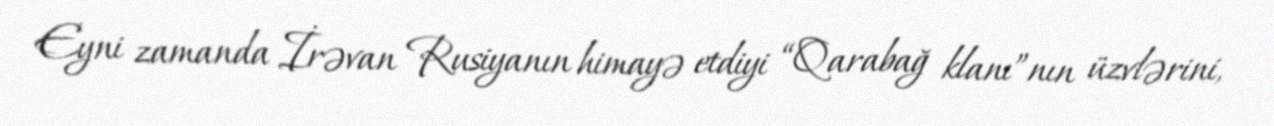
Eyni zamanda İrəvan Rusiyanın himayə etdiyi “Qarabağ klanı”nın üzvlərini,